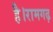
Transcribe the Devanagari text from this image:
है।रामगढ़